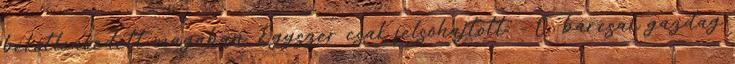
békétlenkedett magában. Egyszer csak felsóhajtott: - Ó, bárcsak gazdag